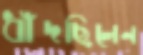
ধাঁদছিলেন